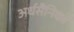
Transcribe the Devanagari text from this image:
अर्धसैनिकों